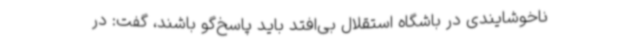
ناخوشایندی در باشگاه استقلال بی‌افتد باید پاسخ‌گو باشند، گفت: در